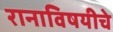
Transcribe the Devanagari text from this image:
रानाविषयीचे